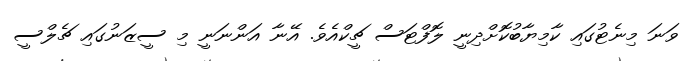
ވަނަ މިނެޓުގައި ކާމިޔާބުކޮށްދިނީ ލޮފްޓަސް ޗީކްއެވެ. އޭނާ އަންނަނީ މި ސީޒަނުގައި ޗެލްސީ